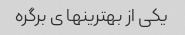
یکی از بهترینها ی برگره